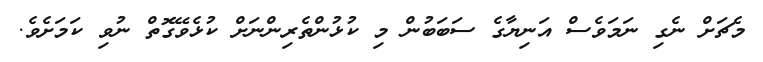
މެޗަށް ނެގި ނަމަވެސް އަނިޔާގެ ސަބަބުން މި ކުޅުންތެރިންނަށް ކުޅެވޭގޮތް ނުވި ކަމަށެވެ.